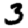
Digit: 3